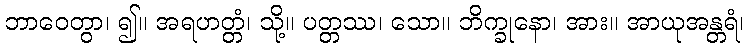
ဘာဝေတွာ၊ ၍။ အရဟတ္တံ၊ သို့။ ပတ္တဿ၊ သော။ ဘိက္ခုနော၊ အား။ အာယုအန္တရံ၊